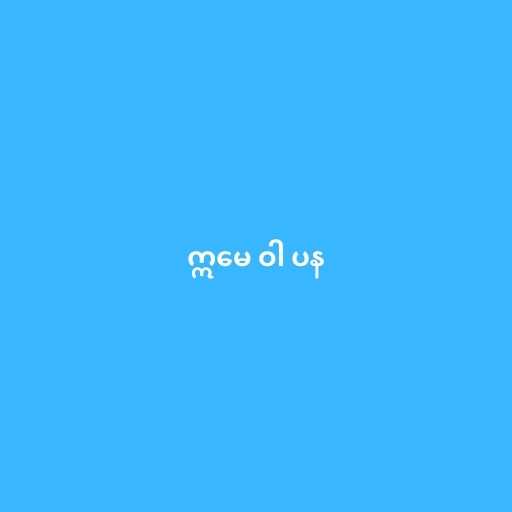
ဣမေ ဝါ ပန